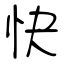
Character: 快